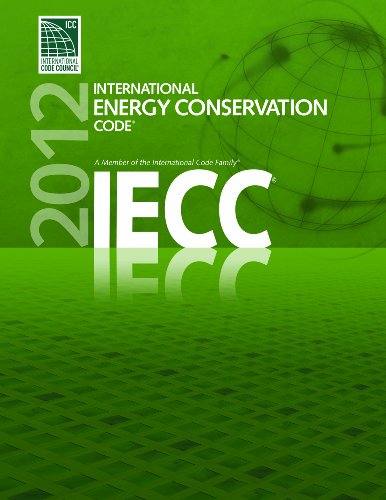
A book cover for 2012 International Energy Conservation Code (International Code Council Series); International Code Council; Crafts, Hobbies & Home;